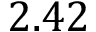
2 . 4 2